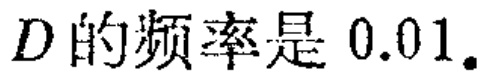
$D\text{的频率是 }0.01.$